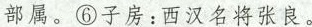
部属。⑥子房：西汉名将张良。